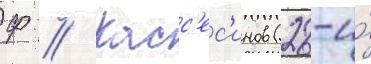
Ф // Касс'ес'инов (28-и́